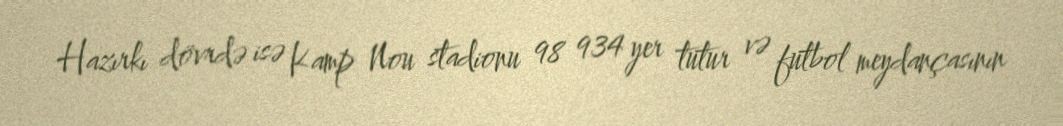
Hazırkı dövrdə isə Kamp Nou stadionu 98 934 yer tutur və futbol meydançasının